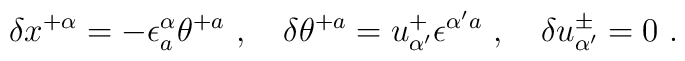
\delta x^{+\alpha} = -\epsilon^\alpha_a \theta^{+a} \ ,\quad \delta \theta^{+a} = u^+_{\alpha'}\epsilon^{\alpha' a}  \ ,\quad \delta u^\pm_{\alpha'} = 0 \ .